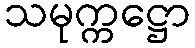
သမုက္ကဋ္ဌော